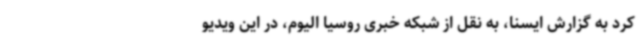
کرد به گزارش ایسنا، به نقل از شبکه خبری روسیا الیوم، در این ویدیو